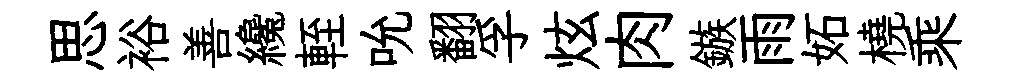
思裕善纔輊吮翻孚炫肉鏃雨妬橈乘